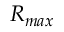
R _ { m a x }